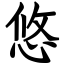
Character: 悠